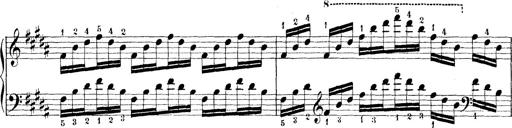
Title: Technische Studien
Composer: Franz Liszt